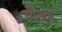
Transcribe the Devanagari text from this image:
सौन्दय्र